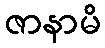
ဇာနာမိ